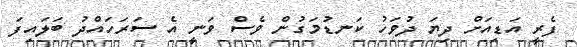
ފެރީ އަޑިއަށް ދިޔަ ދުވަހު ކަނޑުމަގުން ވެސް ވަނީ އެ ސަރަހައްދު ބަލައިފަ